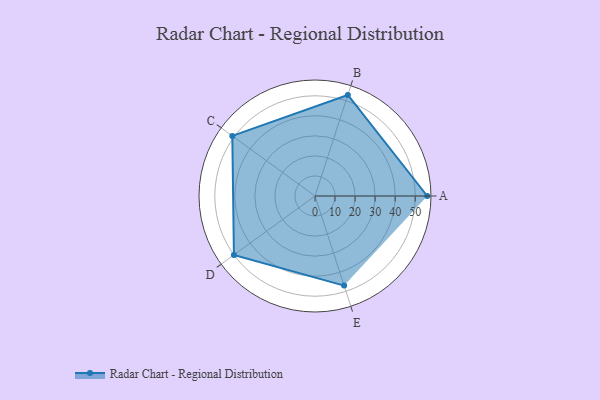
{"axis": {"x": "Skill", "y": "Score"}, "legend": ["Profile"], "data": [{"x": "A", "y": 56.0, "type": "Profile"}, {"x": "B", "y": 53.0, "type": "Profile"}, {"x": "C", "y": 51.0, "type": "Profile"}, {"x": "D", "y": 50.0, "type": "Profile"}, {"x": "E", "y": 47.0, "type": "Profile"}]}